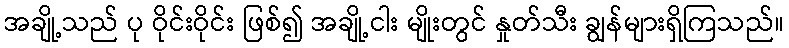
အချို့သည် ပု ဝိုင်းဝိုင်း ဖြစ်၍ အချို့ငါး မျိုးတွင် နှုတ်သီး ချွန်များရှိကြသည်။